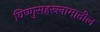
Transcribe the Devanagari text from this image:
विष्णुसहस्रनामातील